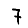
Digit: 7